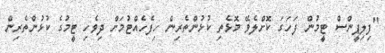
"ފިލިޕީންސް ޓީމުން ފަހަގަ ކޮށްލެވޭ މޮޅެތި ކުޅުންތެރިން ހިފެހެއްޓުމަށް ދިވެހި ޓީމުގެ ކުޅުންތެރިން